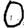
Digit: 0